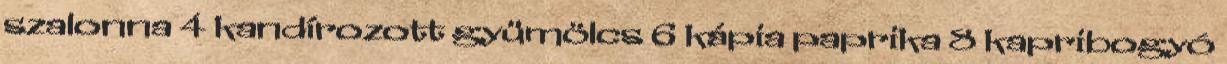
szalonna 4 kandírozott gyümölcs 6 kápia paprika 8 kapribogyó